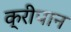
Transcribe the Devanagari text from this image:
क्रीपान